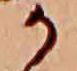
か